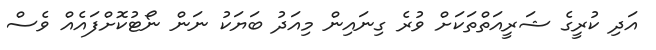
އަދި ކުރީގެ ޝަރީއަތްތަކަށް ވުރެ ގިނައިން މިއަދު ބަޔަކު ނަން ނޯޓުކޮށްފައެއް ވެސް